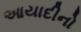
આયાદીનો